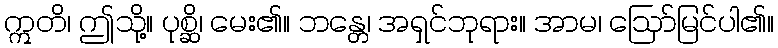
ဣတိ၊ ဤသို့။ ပုစ္ဆိ၊ မေး၏။ ဘန္တေ၊ အရှင်ဘုရား။ အာမ၊ ဩော်မြင်ပါ၏။